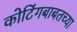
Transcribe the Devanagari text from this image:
कोटिंगबाबतच्या